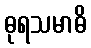
ဓုရသမာဓိ